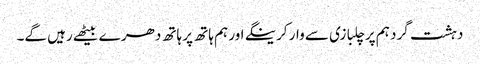
دہشت گرد ہم پر چلبازی سے وار کرینگے اور ہم ہاتھ پر ہاتھ دھر ے بیٹھے رہیں گے۔